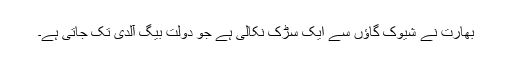
بھارت نے شیوک گاؤں سے ایک سڑک نکالی ہے جو دولت بیگ آلدی تک جاتی ہے۔